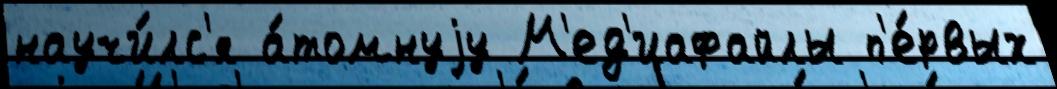
научи́лс'я а́томнуjу М'ед'иафайлы п'е́рвых